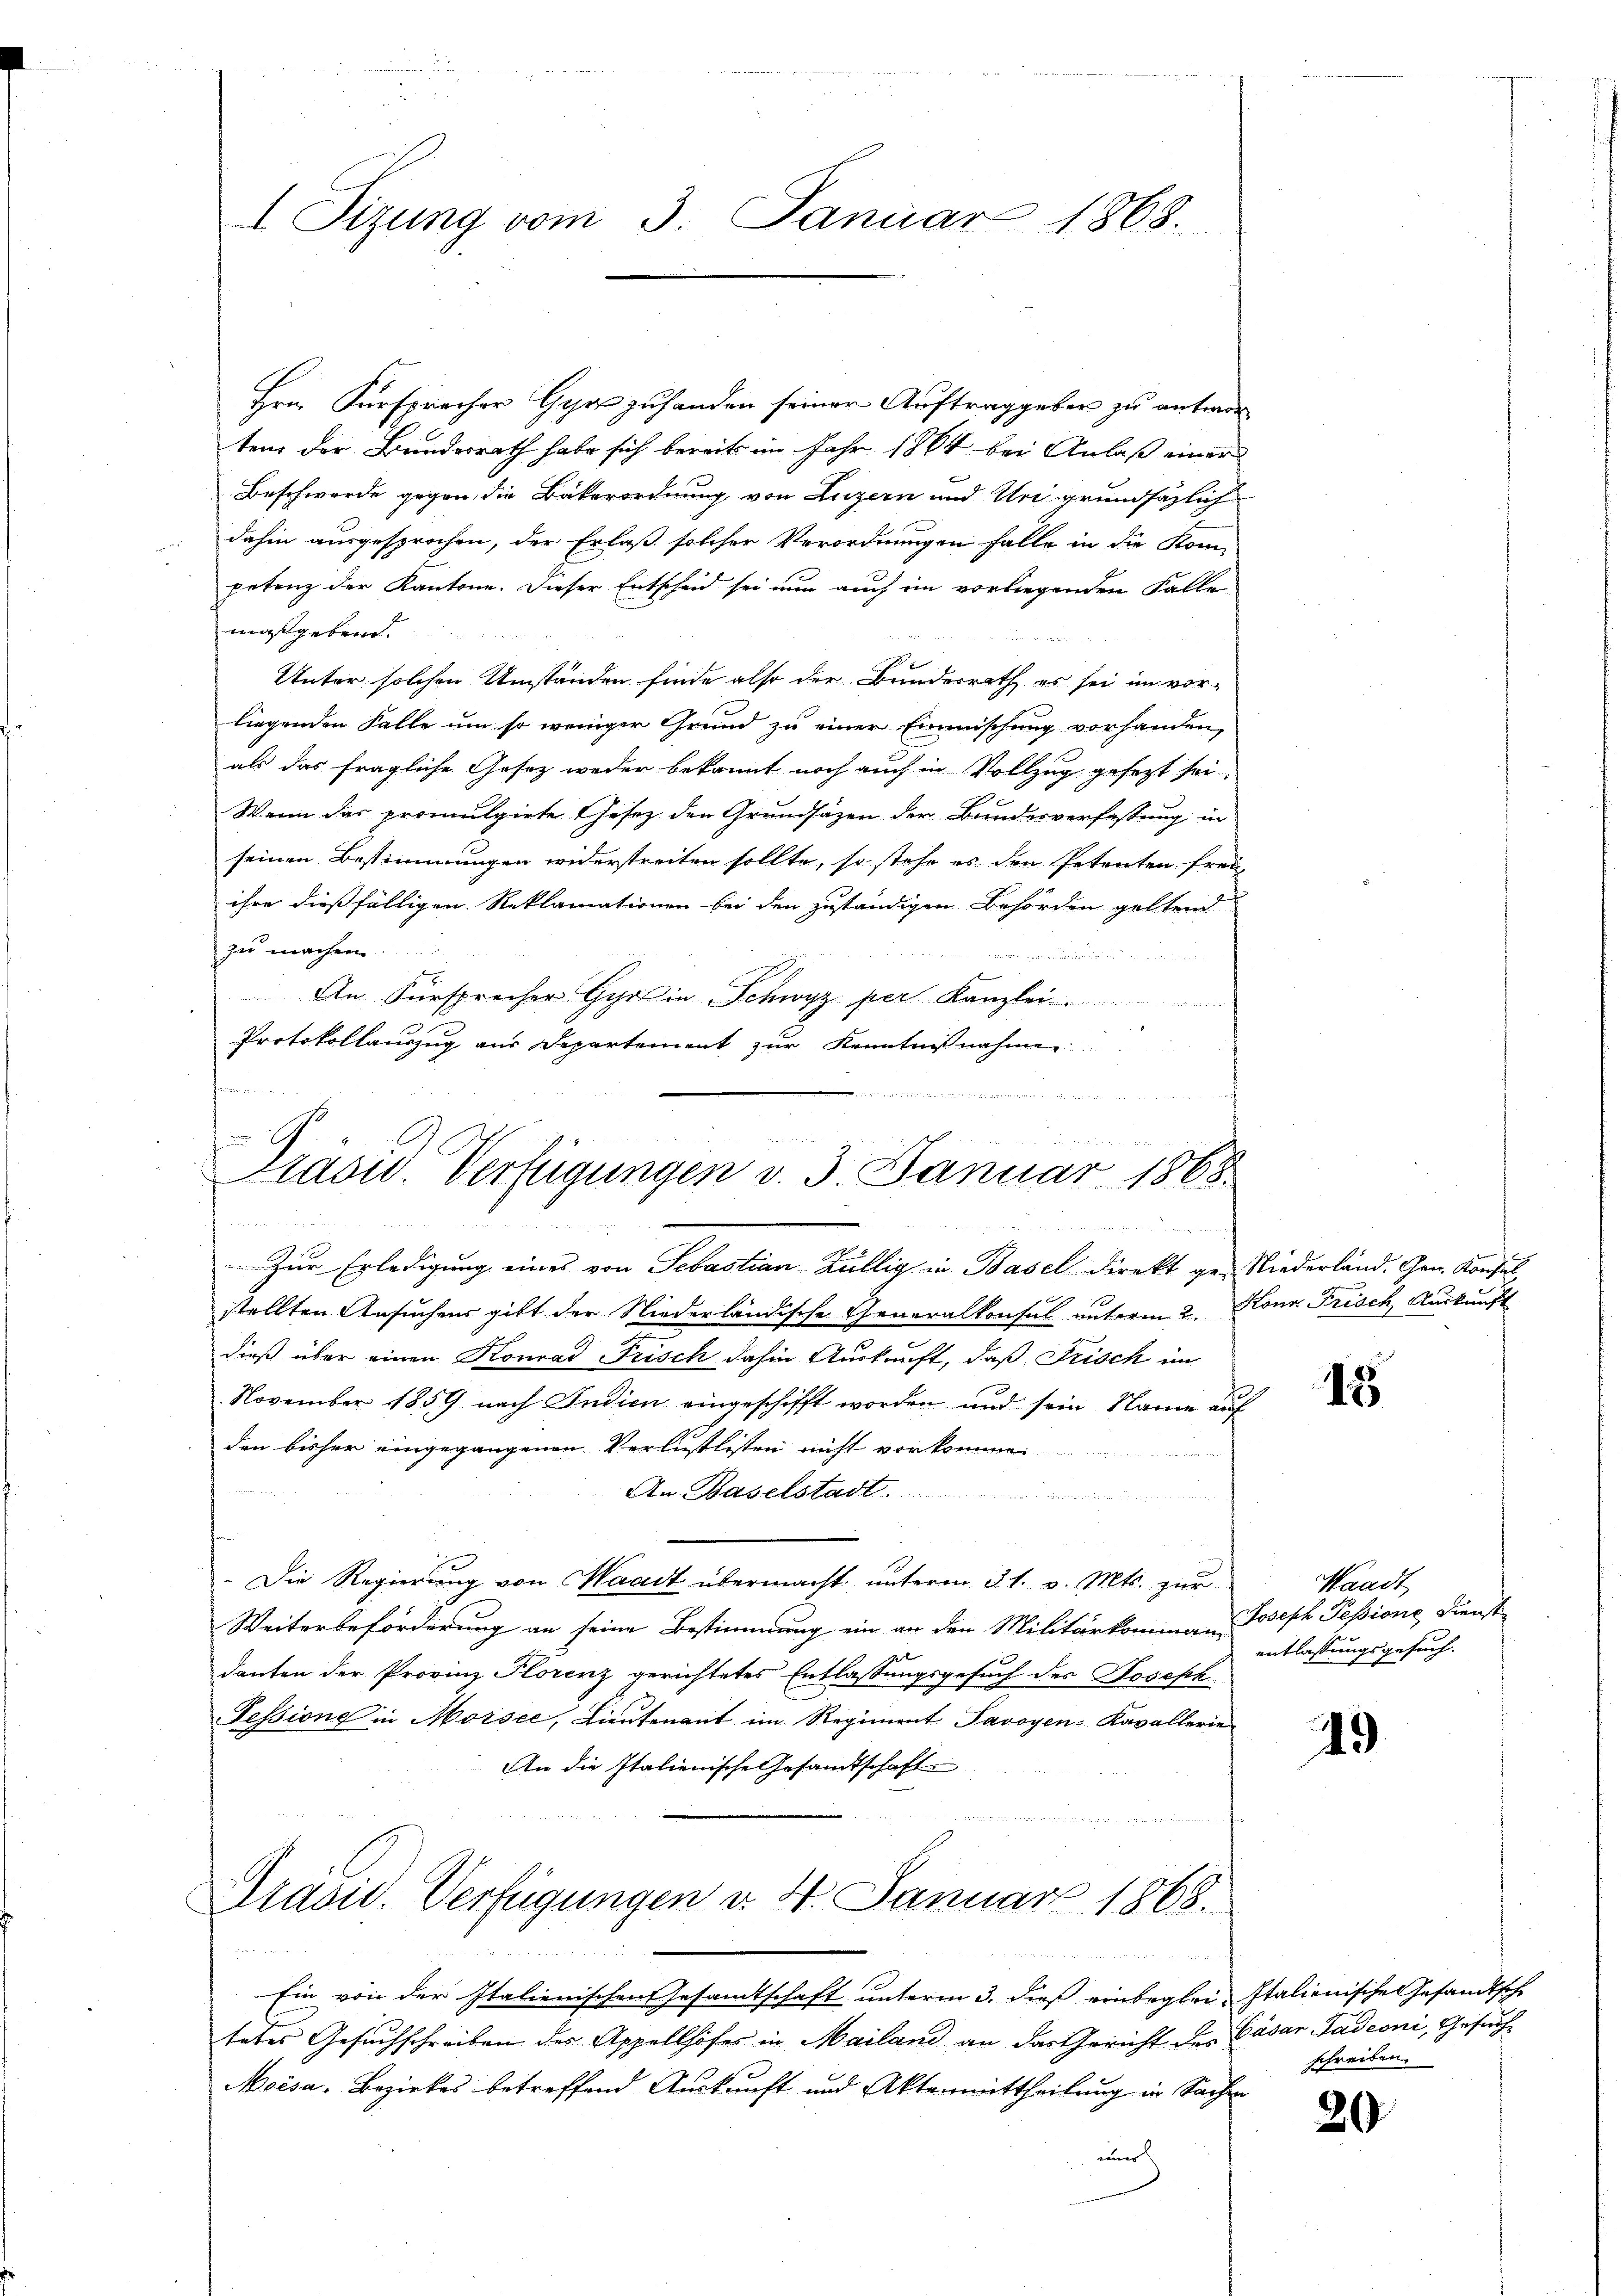
I Sizung vom 3. Januar 1868.

Hrn. Fürsprecher Gyrs zuhanden seiner Auftraggeben zu antwortem der Bundesrath habe sich bereits im Jahr 1864 bei Anlaß einer
Beschwerde gegen die Bäkerordnung von Luzern und Uri grundsätzlich
dahin ausgesprochen, der Erlaß solcher Verordnungen falle in die Kompetenz der Kantone. Dieser Entscheid sei nun auch im vorliegenden Falle
maßgebend.

Unter solchen Umständen finde also der Bundesrath es sei im vor-
liegenden Falle um so weniger Grund zu einer Einmischung vorhanden,
als das fragliche Gesetz weder bekannt noch auch in Vollzug gesezt sei.
Wenn der promulgirte Gesetz den Grundsätzen der Bundesverfassung in
seinen Bestimmungen widerstreiten sollte, so stehe es den Petenten frei-
ihre dießfälligen Reklamationen bei den zuständigen Behörden geltend
zu machen.

An Fürsprecher Gyr in Schwyz per Kanzlei
Protokollauszug aus Departement zur Kenntnißnahmen

hommen
  der
4 x 2 x
9
Cadw. Verfügungen v. 3. Januar 1868
 f 8 x
d
Festung der
Zur Erledigung eines von Sebastian Züllig in Basel direkt ge-Niederland. Gen. Konsul

stellten Ansuchens gibt der Niederländische Generalkonsul unterm 2. Konr. Frisch, Auskunft
dieß über einen Konrad Frisch dahin Auskunft, daß Frisch im
November 1859 nach Indien eingeschifft worden und sein Name auf
den bisher eingegangenen Verlustlisten nicht vor
An Baselstadt.

Die Regierung von Waadt übermacht, unterm 31. v. Mts. zur
Weiterbeförderung an seine Bestimmung ein an den Militärkomman
danten der Provinz Plorenz gerichtetes Entlassungsgesuch des Joseph
Tessione in Morsee, Lieutenant im Regiment Savoyen-Kavallerie
An die Italienische Gesandtschaft
.

Grand. Verfügungen d. 4. Januar 1868.

Ein von der Italienischen Gesandtschaft unterm 3. dieß einbeglei- Italienische Gesandtsche
tetes Gesuchschreiben des Appellhofes in Mailand an der Gericht des Cäsar Gadeoni, Gesuch¬
Moisa, Bezirkes betreffend Auskunft und Aktenmittheilung in Sache
uner

15

Waadt
Joseph Pessione Dienst
entlassungsgesuch.

49

schreiben.

20